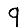
Digit: 9